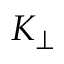
K _ { \perp }